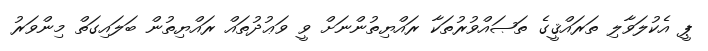
ޕީ އެކުލަވާލި ތަރައްޤީގެ ތަޞައްވުރުތަކާ ރައްޔިތުންނަށް ވީ ވަޢުދުތައް ރައްޔިތުން ބަލައިގަތް މިންވަރު